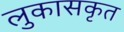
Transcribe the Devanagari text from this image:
लुकासकृत